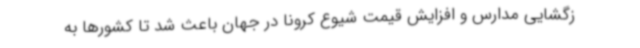
زگشایی مدارس و افزایش قیمت شیوع کرونا در جهان باعث شد تا کشورها به